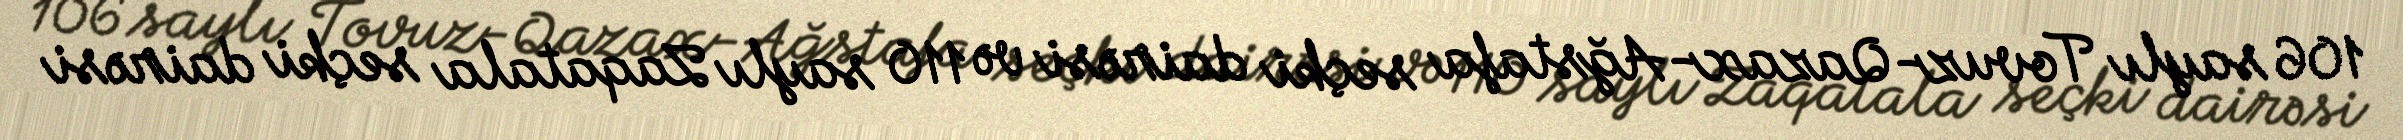
106 saylı Tovuz-Qazax-Ağstafa seçki dairəsi və 110 saylı Zaqatala seçki dairəsi